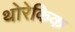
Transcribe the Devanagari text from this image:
थोरेकिक